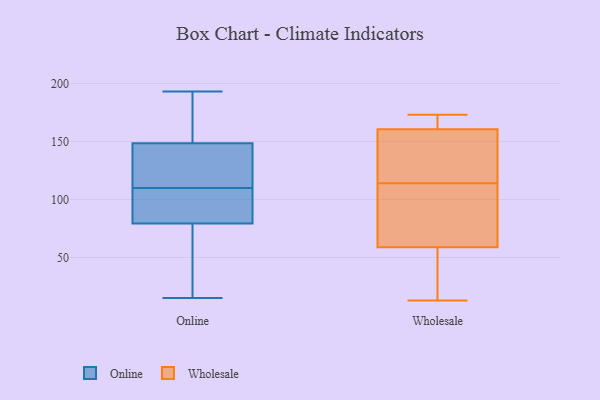
{"axis": {"x": "Demand Index", "y": "Value"}, "legend": ["Online", "Wholesale"], "data": [{"x": "", "y": 120, "type": "Online"}, {"x": "", "y": 193, "type": "Online"}, {"x": "", "y": 150, "type": "Online"}, {"x": "", "y": 24, "type": "Online"}, {"x": "", "y": 77, "type": "Online"}, {"x": "", "y": 85, "type": "Online"}, {"x": "", "y": 146, "type": "Online"}, {"x": "", "y": 80, "type": "Online"}, {"x": "", "y": 148, "type": "Online"}, {"x": "", "y": 110, "type": "Online"}, {"x": "", "y": 179, "type": "Online"}, {"x": "", "y": 15, "type": "Online"}, {"x": "", "y": 92, "type": "Online"}, {"x": "", "y": 149, "type": "Wholesale"}, {"x": "", "y": 34, "type": "Wholesale"}, {"x": "", "y": 173, "type": "Wholesale"}, {"x": "", "y": 158, "type": "Wholesale"}, {"x": "", "y": 171, "type": "Wholesale"}, {"x": "", "y": 41, "type": "Wholesale"}, {"x": "", "y": 131, "type": "Wholesale"}, {"x": "", "y": 172, "type": "Wholesale"}, {"x": "", "y": 67, "type": "Wholesale"}, {"x": "", "y": 13, "type": "Wholesale"}, {"x": "", "y": 87, "type": "Wholesale"}, {"x": "", "y": 168, "type": "Wholesale"}, {"x": "", "y": 114, "type": "Wholesale"}, {"x": "", "y": 97, "type": "Wholesale"}, {"x": "", "y": 157, "type": "Wholesale"}, {"x": "", "y": 64, "type": "Wholesale"}, {"x": "", "y": 43, "type": "Wholesale"}]}